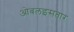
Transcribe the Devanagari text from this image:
ओबलइसतार